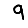
Digit: 9